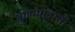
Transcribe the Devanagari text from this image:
बुणग्यांवरती